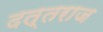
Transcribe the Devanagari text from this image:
दत्तराज